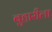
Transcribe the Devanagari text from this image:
बुहारीला